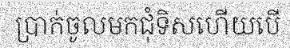
ប្រាក់ចូលមកជុំទិសហើយបើ